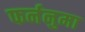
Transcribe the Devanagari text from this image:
फर्ननुमा